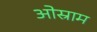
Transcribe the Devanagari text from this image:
ओस्राम